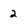
Character: 2